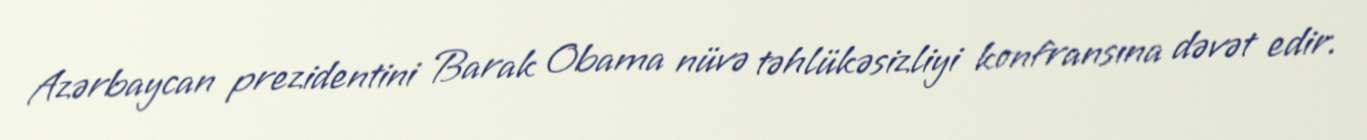
Azərbaycan prezidentini Barak Obama nüvə təhlükəsizliyi konfransına dəvət edir.